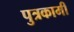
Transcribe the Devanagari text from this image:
पुत्रकामी